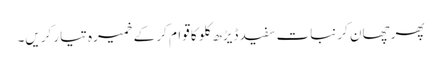
پھر چھان کر نبات سفید ڈیڑھ کلو کا قوام کر کے خمیرہ تیار کریں۔